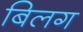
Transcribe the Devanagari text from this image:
बिलग